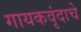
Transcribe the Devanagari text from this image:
गायकवृंदाचे